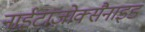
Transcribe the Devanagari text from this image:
नाईटाज़ोक्सैनाइड